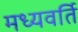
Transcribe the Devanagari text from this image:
मध्यवर्ति